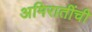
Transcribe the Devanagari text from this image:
अमिरातींची